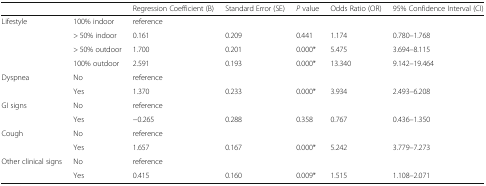
| <COLSPAN=2>  | Regression Coefficient (B) | Standard Error (SE) | P value | Odds Ratio (OR) | 95% Confidence Interval (CI) |
 | --- | --- | --- | --- | --- | --- | --- |
 | <ROWSPAN=4> Lifestyle | 100% indoor | reference |  |  |  |  |
 | > 50% indoor | 0.161 | 0.209 | 0.441 | 1.174 | 0.780–1.768 |
 | > 50% outdoor | 1.700 | 0.201 | 0.000* | 5.475 | 3.694–8.115 |
 | 100% outdoor | 2.591 | 0.193 | 0.000* | 13.340 | 9.142–19.464 |
 | <ROWSPAN=2> Dyspnea | No | reference |  |  |  |  |
 | Yes | 1.370 | 0.233 | 0.000* | 3.934 | 2.493–6.208 |
 | <ROWSPAN=2> GI signs | No | reference |  |  |  |  |
 | Yes | −0.265 | 0.288 | 0.358 | 0.767 | 0.436–1.350 |
 | <ROWSPAN=2> Cough | No | reference |  |  |  |  |
 | Yes | 1.657 | 0.167 | 0.000* | 5.242 | 3.779–7.273 |
 | <ROWSPAN=2> Other clinical signs | No | reference |  |  |  |  |
 | Yes | 0.415 | 0.160 | 0.009* | 1.515 | 1.108–2.071 |